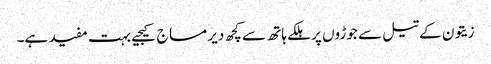
زیتون کے تیل سے جوڑوں پر ہلکے ہاتھ سے کچھ دیر مساج کیجیے بہت مفید ہے۔